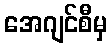
အေဂျင်စီမှ